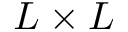
L \times L